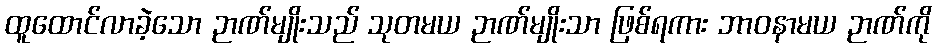
ထူထောင်လာခဲ့သော ဉာဏ်မျိုးသည် သုတမယ ဉာဏ်မျိုးသာ ဖြစ်ရကား ဘာဝနာမယ ဉာဏ်ကို